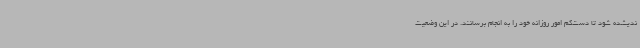
ندیشده شود تا دست‌کم امور روزانه خود را به انجام برسانند. در این وضعیت